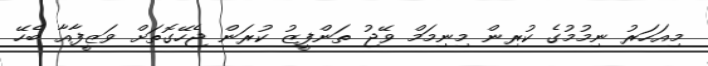
މިއަހަރު ނިމުމުގެ ކުރިން މިނިމަމް ވޭޖު ތަންފީޒު ކުރަން ޖެހޭގޮތަށް ވަޒީފާއާ ބެހޭ